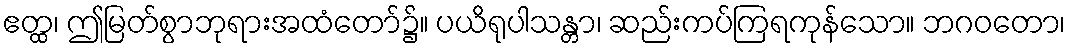
ဧတ္ထ၊ ဤမြတ်စွာဘုရားအထံတော်၌။ ပယိရုပါသန္တာ၊ ဆည်းကပ်ကြရကုန်သော။ ဘဂဝတော၊